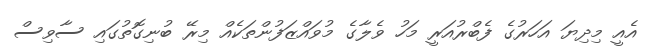
އެއީ މިދިޔަ އަހަރުގެ ފެބްރުއަރީ މަހު ވެލާގެ މުވައްޒަފުންތަކެއް މިރޭ ބުނިގޮތުގައި ސާވިސް